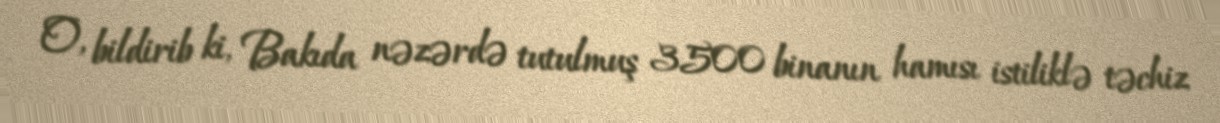
O, bildirib ki, Bakıda nəzərdə tutulmuş 3500 binanın hamısı istiliklə təchiz